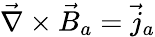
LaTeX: \vec{\nabla}\times\vec{B}_{a}=\vec{j}_{a}